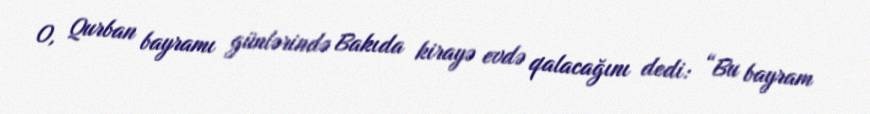
O, Qurban bayramı günlərində Bakıda kirayə evdə qalacağını dedi: “Bu bayram